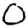
Digit: 0